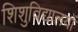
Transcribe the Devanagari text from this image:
शिशुविद्यालयों